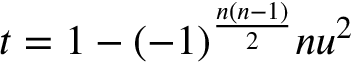
t = 1 - ( - 1 ) ^ { \frac { n ( n - 1 ) } { 2 } } n u ^ { 2 }